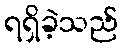
ရရှိခဲ့သည်